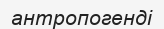
антропогенді